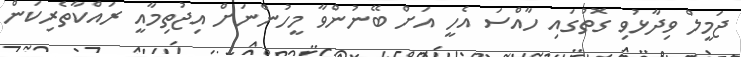
ޖަމީލް ވިދާޅުވި ގޮތުގައި ހާއްސަ އެހީ އަށް ބޭނުންވާ މީހުންނަށް އިޖުތިމާއީ ރައްކާތެރިކަން